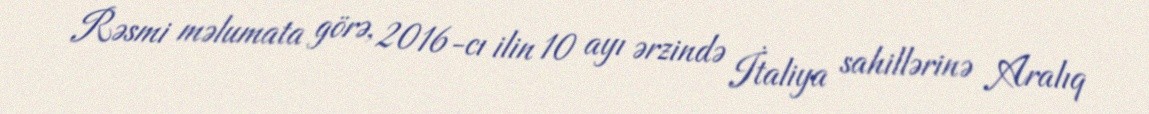
Rəsmi məlumata görə, 2016-cı ilin 10 ayı ərzində İtaliya sahillərinə Aralıq